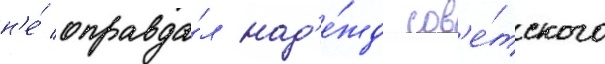
н'е́ оправда́л над'е́жд сов'е́тского